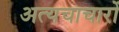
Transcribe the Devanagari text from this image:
अत्यचाचारों